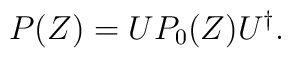
P(Z)=U P_0(Z) U^{\dag}.